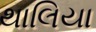
થાલિયા